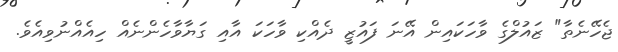
ޖެހޭނެތާ" ޒައުލްގެ ވާހަކައިން އޭނަ ފައުޒީ ދެއްކި ވާހަކަ އާއި ގަޔާވާހެންނެއް ހިއެއްނުވިއެވެ.